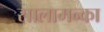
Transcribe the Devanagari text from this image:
सालामन्का